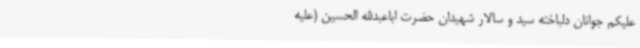
علیکم جوانان دلباخته سید و سالار شهیدان حضرت اباعبدالله الحسین (علیه